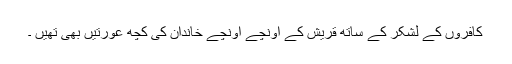
کافروں کے لشکر کے ساتھ قریش کے اونچے اونچے خاندان کی کچھ عورتیں بھی تھیں ۔